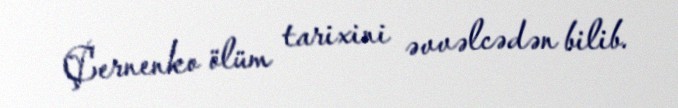
Çernenko ölüm tarixini əvvəlcədən bilib.